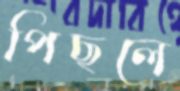
পিছলে